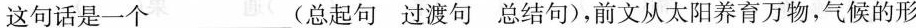
这句话是一个___（总起句 过渡句 总结句），前文从太阳养育万物，气候的形